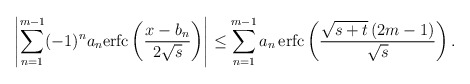
\begin{align*}\left|\sum_{n=1}^{m-1}(-1)^na_n{\rm erfc}\left(\frac{x-b_n}{2\sqrt{s}}\right)\right|\leq \sum_{n=1}^{m-1}a_n\,{\rm erfc}\left(\frac{\sqrt{s+t}\,(2m-1)}{\sqrt{s}}\right).\end{align*}